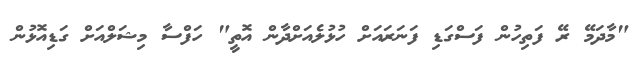
"މާދަމޭ ރޭ ފަތިހުން ފަސްގަޑި ފަނަރައަށް ހުޅުލެއަށްދާން އޮތީ" ހަފްސާ މިޝަލްއަށް ގަޑިއޮޅުން